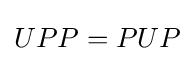
UPP=PUP